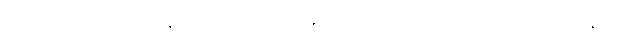
သို့သော် ဘယ်ယုန် မြင်လို့ ဘယ်ချုံထွင်ခြင်းလဲ၊ ဘယ်သူမှ မသိနိုင်။